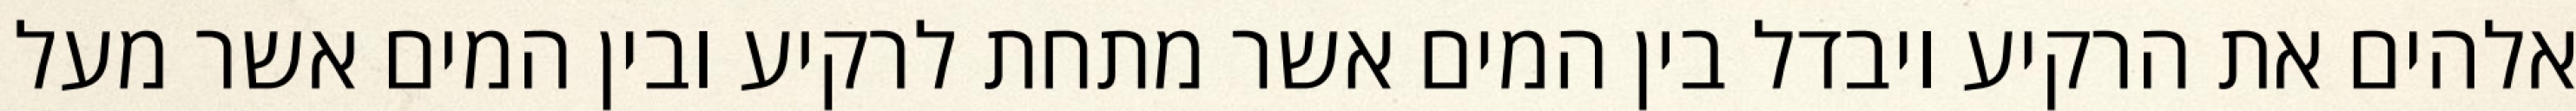
אלהים את הרקיע ויבדל בין המים אשר מתחת לרקיע ובין המים אשר מעל